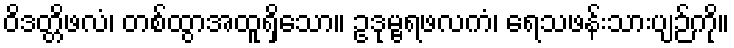
ဝိဒတ္တိဖလံ၊ တစ်ထွာအထူရှိသော။ ဥဒုမ္ဗရဖလကံ၊ ရေသဖန်းသားပျဉ်ကို။